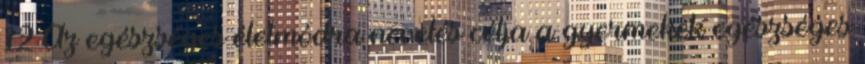
12 Az egészséges életmódra nevelés célja a gyermekek egészséges